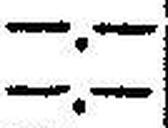
—.—